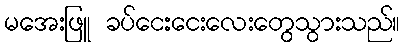
မအေးဖြူ ခပ်ငေးငေးလေးတွေသွားသည်။